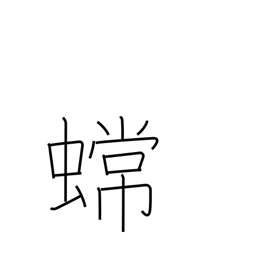
Meaning: toad